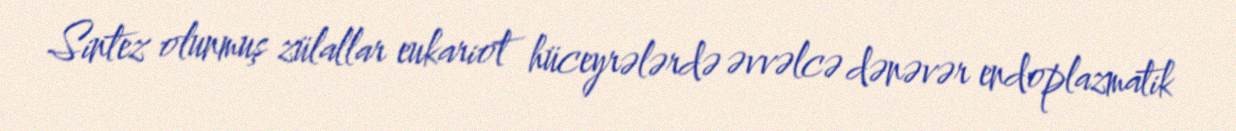
Sintez olunmuş zülallar eukariot hüceyrələrdə əvvəlcə dənəvər endoplazmatik